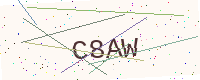
Text: C8AW